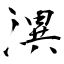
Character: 潩